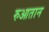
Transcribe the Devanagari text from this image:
रुआतान